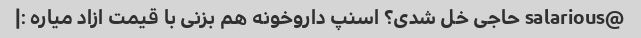
@salarious حاجی خل شدی؟ اسنپ داروخونه هم بزنی با قیمت ازاد میاره :|